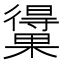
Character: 𰙃